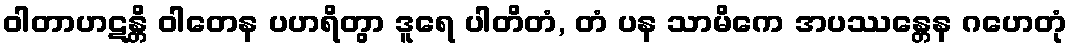
ဝါတာဟဋန္တိ ဝါတေန ပဟရိတွာ ဒူရေ ပါတိတံ, တံ ပန သာမိကေ အပဿန္တေန ဂဟေတုံ